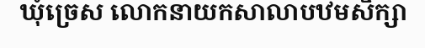
ឃុំច្រេស លោកនាយកសាលាបឋមសិក្សា